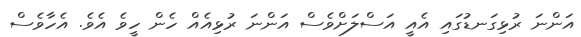
އަންނަ ރުޅިގަނޑުގައި އެއީ އަސްލަށްވެސް އަންނަ ރުޅިއެއް ހެން ހީވެ އެވެ. އެހާވެސް